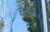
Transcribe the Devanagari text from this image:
नौशाद।